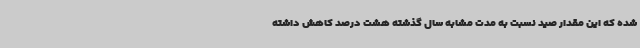
شده که این مقدار صید نسبت به مدت مشابه سال گذشته هشت درصد کاهش داشته